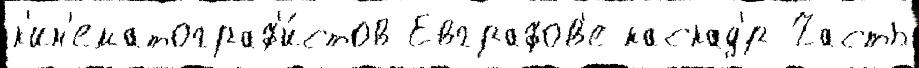
к'ин'ематограф'и́стов Евграфов'е каскад'́р Часть